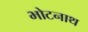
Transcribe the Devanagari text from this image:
भोटनाथ